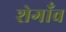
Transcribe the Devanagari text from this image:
शेगाँव